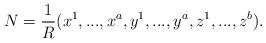
LaTeX: \begin{align*} N= \frac{1}{R}(x^{1},...,x^{a},y^{1},...,y^{a},z^{1},...,z^{b}).\end{align*}